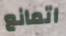
اتمانع